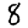
Digit: 8